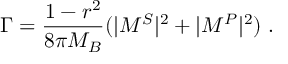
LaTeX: \Gamma = \frac { 1 - r ^ { 2 } } { 8 \pi M _ { B } } ( | M ^ { S } | ^ { 2 } + | M ^ { P } | ^ { 2 } ) \; .